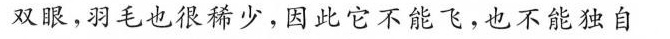
双眼，羽毛也很稀少，因此它不能飞，也不能独自